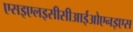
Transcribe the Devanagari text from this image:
एसइएलइसीसीआईओएनइएस